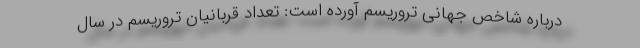
درباره شاخص جهانی تروریسم آورده است: تعداد قربانیان تروریسم در سال